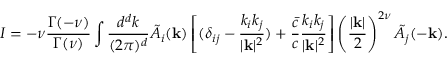
I = - \nu { \frac { \Gamma ( - \nu ) } { \Gamma ( \nu ) } } \int { \frac { d ^ { d } k } { ( 2 \pi ) ^ { d } } } \tilde { A } _ { i } ( { \bf k } ) \left[ ( \delta _ { i j } - { \frac { k _ { i } k _ { j } } { | { \bf k } | ^ { 2 } } } ) + { \frac { \bar { c } } { c } } { \frac { k _ { i } k _ { j } } { | { \bf k } | ^ { 2 } } } \right] \left( { \frac { | { \bf k } | } { 2 } } \right) ^ { 2 \nu } \tilde { A } _ { j } ( - { \bf k } ) .